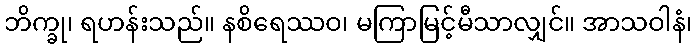
ဘိက္ခု၊ ရဟန်းသည်။ နစိရေဿဝ၊ မကြာမြင့်မီသာလျှင်။ အာသဝါနံ၊